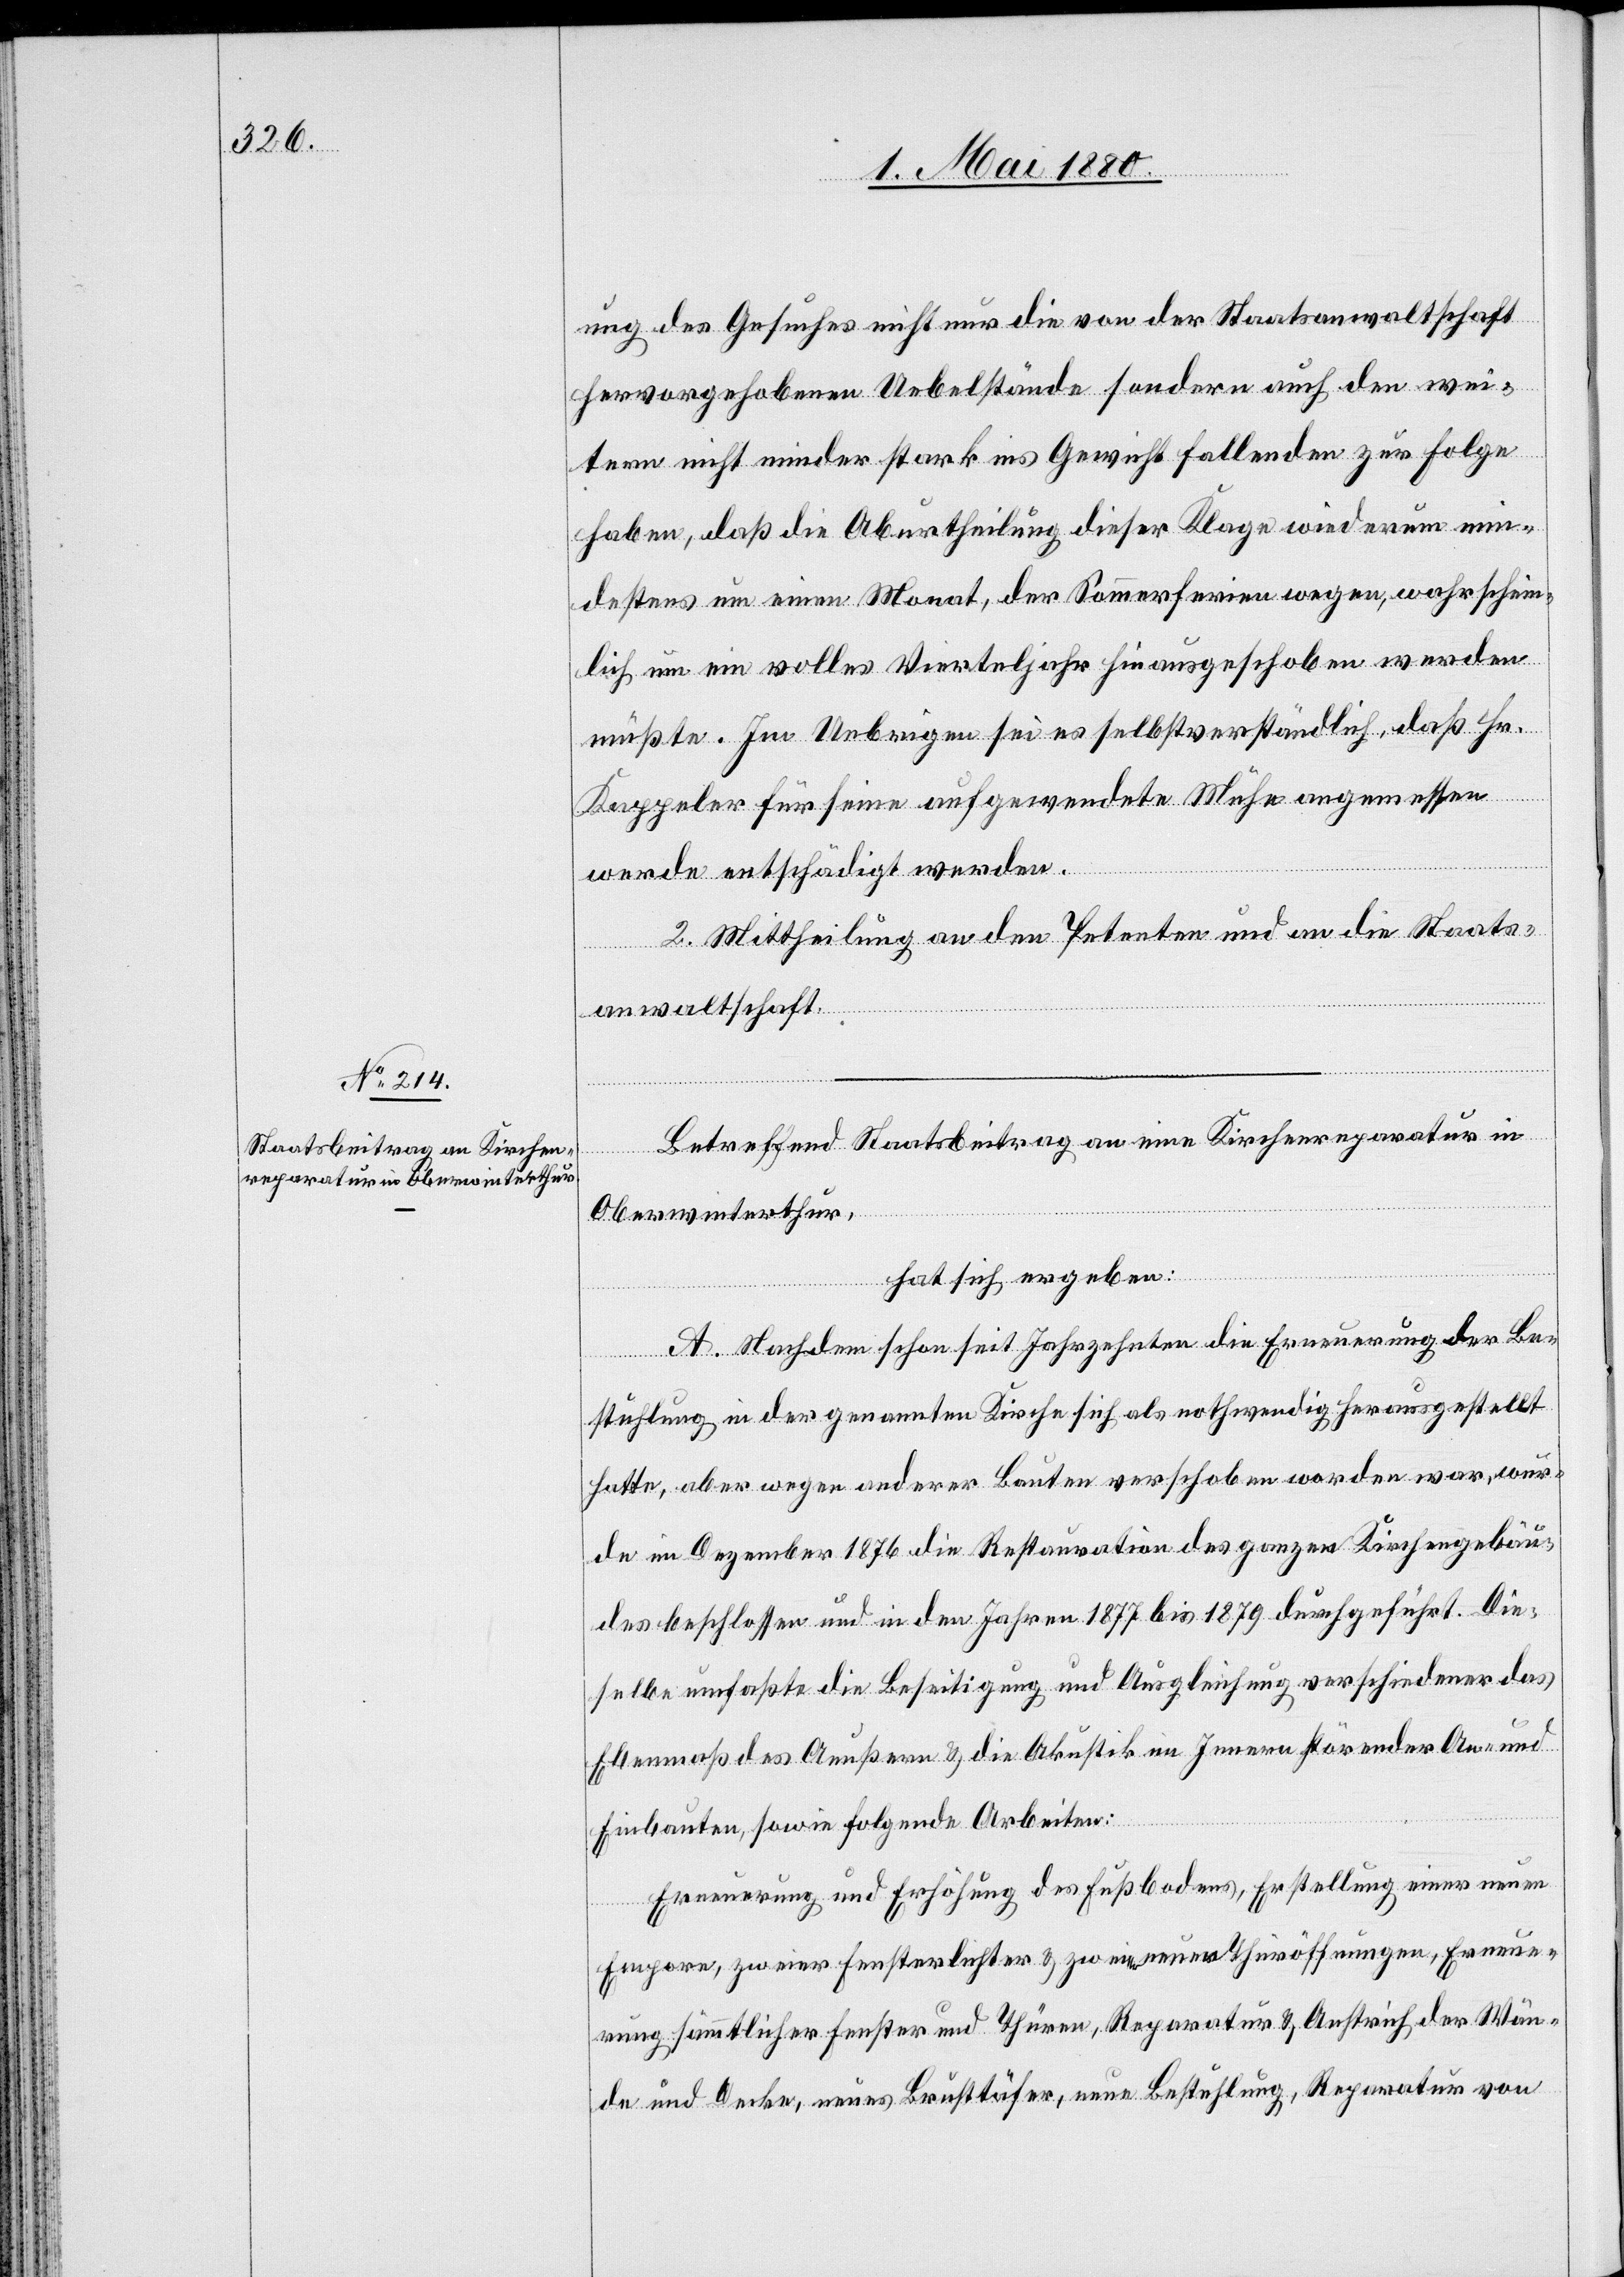
ung des Gesuches nicht nur die von der Staatsanwaltschaft
hervorgehobenen Uebelstände sondern auch den wei¬
tern nicht minder stark ins Gewicht fallenden zur Folge
haben, daß die Aburtheilung dieser Klage wiederum min¬
destens um einen Monat, der Sommerferien wegen wahrschein¬
lich um ein volles Vierteljahr hinausgeschoben werden
müßte. Im Uebrigen sei es selbstverständlich, daß Hr.
Kappeler für seine aufgewendete Mühe angemessen
werde entschädigt werden.
2. Mittheilung an den Petenten und an die Staats¬
anwaltschaft.
Betreffend Staatsbeitrag an eine Kirchenreparatur in
Oberwinterthur,
hat sich ergeben:
A. Nachdem schon seit Jahrzehnten die Erneuerung der Be¬
stuhlung in der genannten Kirche sich als nothwendig herausgestellt
hatte, aber wegen anderer Bauten verschoben worden war, wur¬
de im Dezember 1876 die Restauration des ganzen Kirchengebäu¬
des beschlossen und in den Jahren 1877 bis 1879 durchgeführt. Die¬
selbe umfaßte die Beseitigung und Ausgleichung verschiedener das
Ebenmaß des Aeußern & die Akustik im Innern störenden An- und
Einbauten, sowie folgende Arbeiten:
Erneuerung und Erhöhung des Fußbodens, Erstellung einer neuen
Empore, zweier Fensterlichter & zweier neuer Thüröffnungen, Erneue¬
rung sämmtlicher Fenster und Thüren, Reparatur & Anstrich der Wän¬
de und Decke, neues Brusttäfer, neue Bestuhlung, Reparatur von